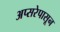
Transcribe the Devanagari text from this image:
अप्सरेपासून